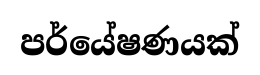
පර්යේෂණයක්